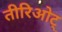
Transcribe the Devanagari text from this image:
तीरिओट्